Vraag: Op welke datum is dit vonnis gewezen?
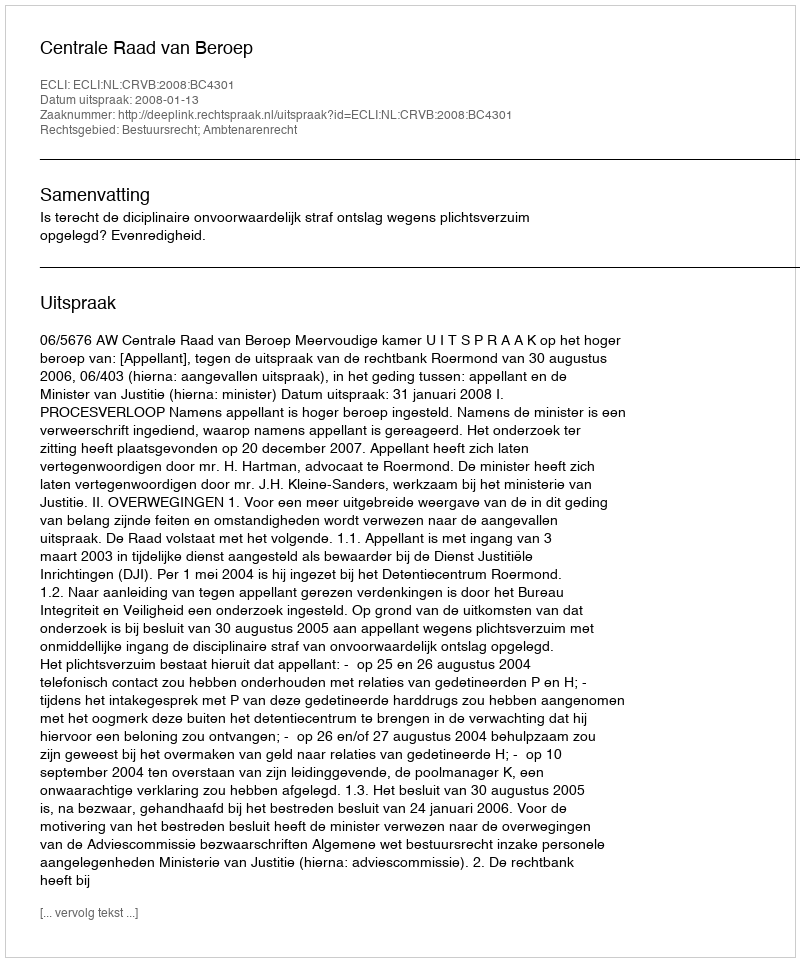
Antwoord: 2008-01-13